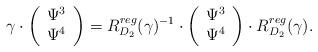
LaTeX: \begin{align*}\gamma \cdot \left( \begin{array}{cc} \Psi^3 \\ \Psi^4 \end{array}\right)= R^{reg}_{D_2}(\gamma)^{-1} \cdot \left( \begin{array}{cc} \Psi^3 \\ \Psi^4 \end{array}\right) \cdot R^{reg}_{D_2}(\gamma).\end{align*}